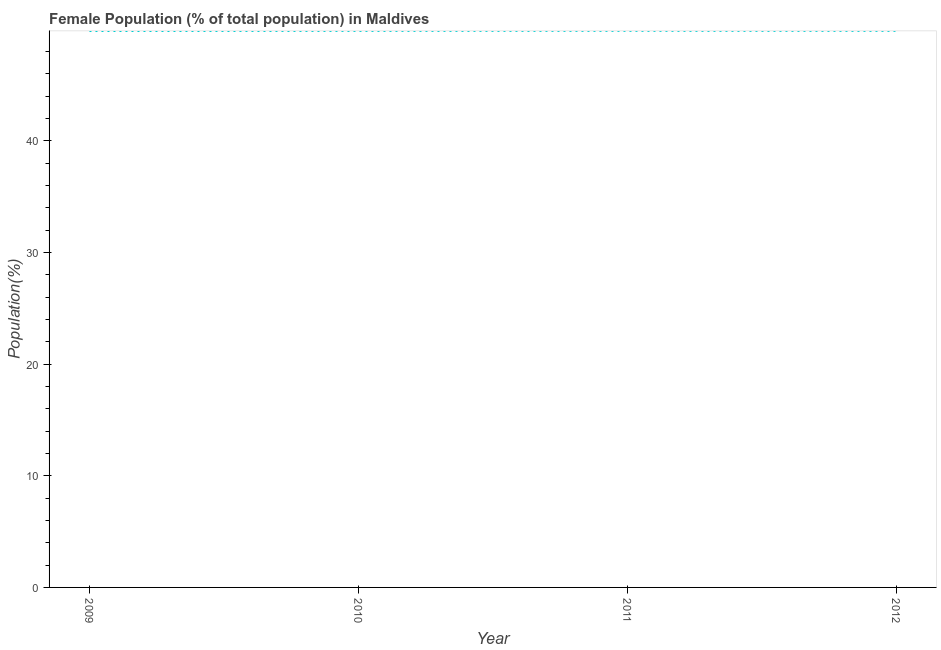
| Year | Female |
 | --- | --- |
 | 2009 | 49.8 |
 | 2010 | 49.9 |
 | 2011 | 49.9 |
 | 2012 | 49.9 |